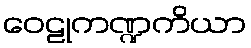
ဝေဠုကဏ္ဍကိယာ